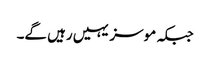
جبکہ موسز یہیں رہیں گے۔